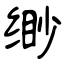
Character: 缈